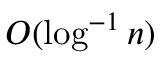
O ( \log ^ { - 1 } { n } )